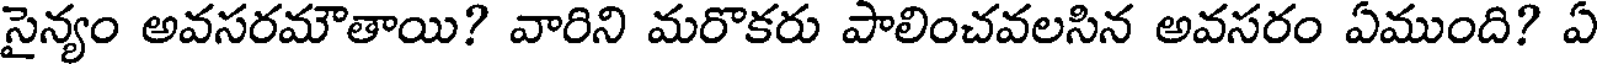
సైన్యం అవసరమౌతాయి? వారిని మరొకరు పాలించవలసిన అవసరం ఏముంది? ఏ